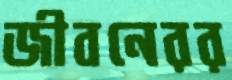
জীবনেরর